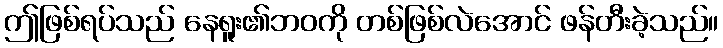
ဤဖြစ်ရပ်သည် နေရူး၏ဘဝကို တစ်ဖြစ်လဲအောင် ဖန်တီးခဲ့သည်။